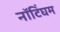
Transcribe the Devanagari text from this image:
नाॅटिंघम